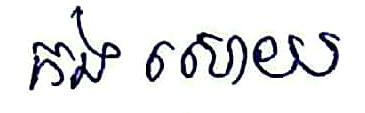
កង សោយ